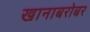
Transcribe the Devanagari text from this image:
खानाबरोबर